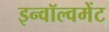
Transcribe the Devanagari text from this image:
इन्वॉल्वमेंट